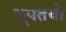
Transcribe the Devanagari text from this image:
भूपतयो